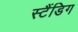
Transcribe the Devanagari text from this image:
स्टैंडिग